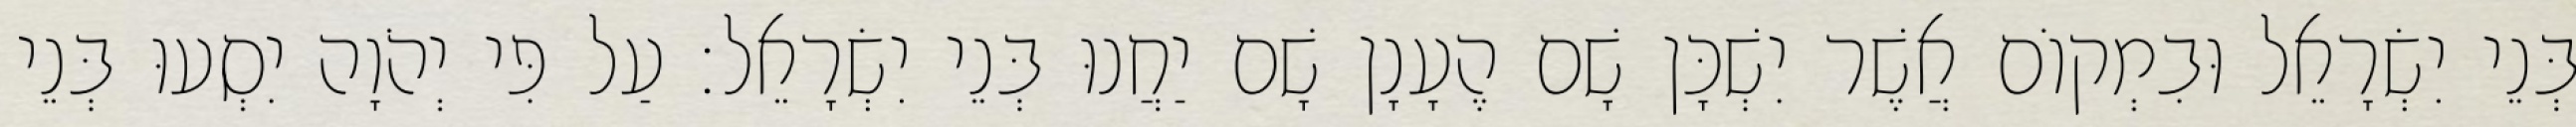
בְּנֵי יִשְׂרָאֵל וּבִמְקוֹם אֲשֶׁר יִשְׁכָּן שָׁם הֶעָנָן שָׁם יַחֲנוּ בְּנֵי יִשְׂרָאֵל׃ עַל פִּי יְהֹוָה יִסְעוּ בְּנֵי